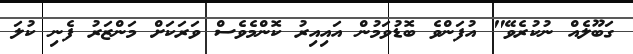
ގަބޫލެއް ނުކުރެވޭ" އުފަންވެ ބޮޑުވަމުން އައިއިރު ކޮންމެވެސް ވަރަކަށް މަންޒަރު ފެނި ކުލަ